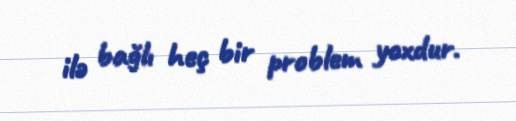
ilə bağlı heç bir problem yoxdur.